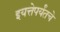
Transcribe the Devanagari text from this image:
इयत्तेपर्यंतचे